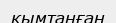
қымтанған